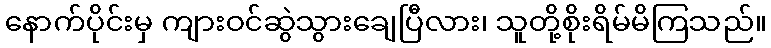
နောက်ပိုင်းမှ ကျားဝင်ဆွဲသွားချေပြီလား၊ သူတို့စိုးရိမ်မိကြသည်။